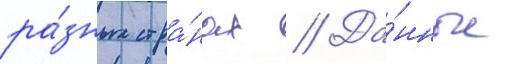
ра́зных стра́нах // Да́нные